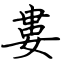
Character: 婁